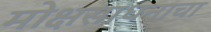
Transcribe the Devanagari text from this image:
मोक्षसाधनाचा